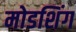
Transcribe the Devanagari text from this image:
मोडशिंग